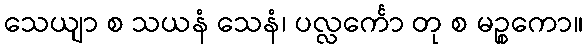
သေယျာ စ သယနံ သေနံ၊ ပလ္လင်္ကော တု စ မဉ္စကော။